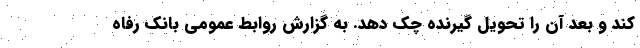
کند و بعد آن را تحویل گیرنده چک دهد. به گزارش روابط عمومی بانک رفاه